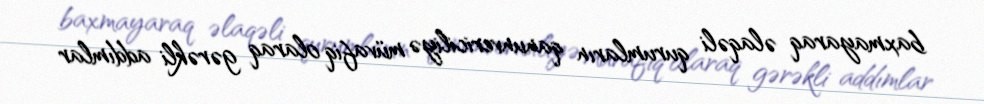
baxmayaraq əlaqəli qurumların qanunvericiliyə müvafiq olaraq gərəkli addımlar